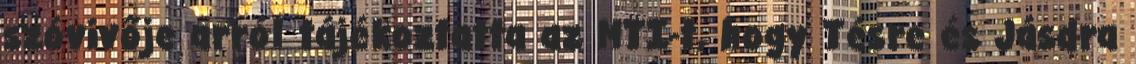
szóvivője arról tájékoztatta az MTI-t, hogy Tésre és Jásdra